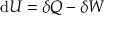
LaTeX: \mathrm { d } U = \delta Q - \delta W